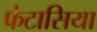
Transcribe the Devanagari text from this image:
फंटासिया